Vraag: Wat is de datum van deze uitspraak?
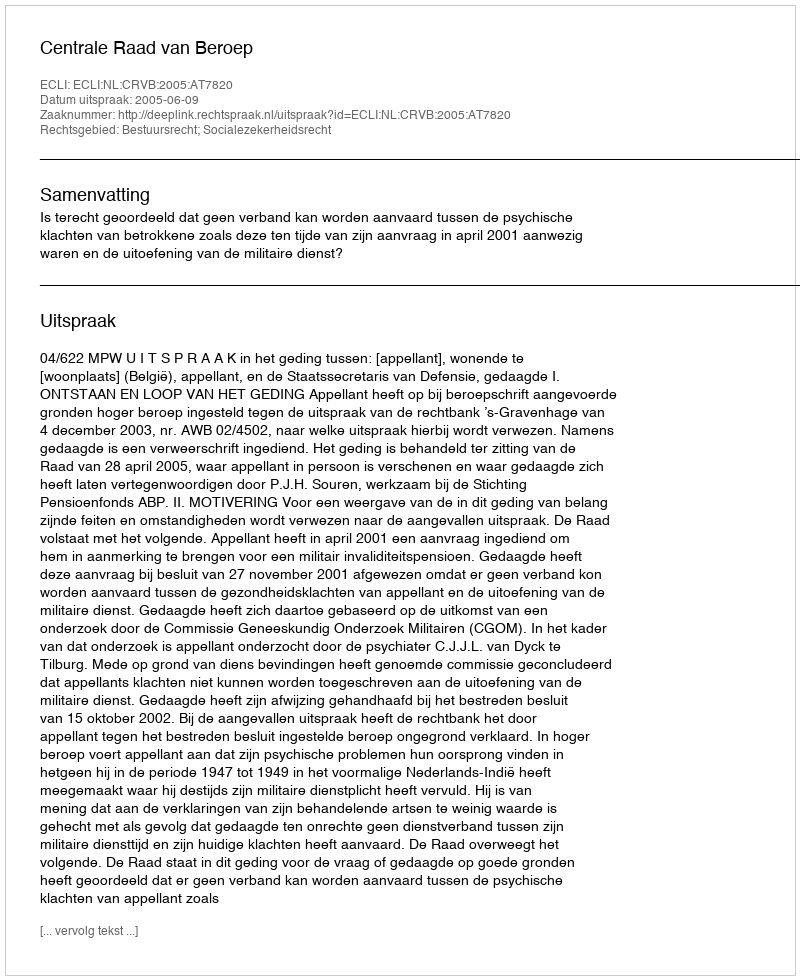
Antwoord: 2005-06-09